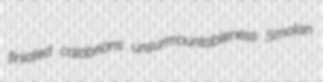
finialed calabrians unsurmountableness Smolan